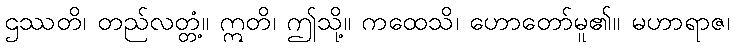
ဌဿတိ၊ တည်လတ္တံ့။ ဣတိ၊ ဤသို့။ ကထေသိ၊ ဟောတော်မူ၏။ မဟာရာဇ၊